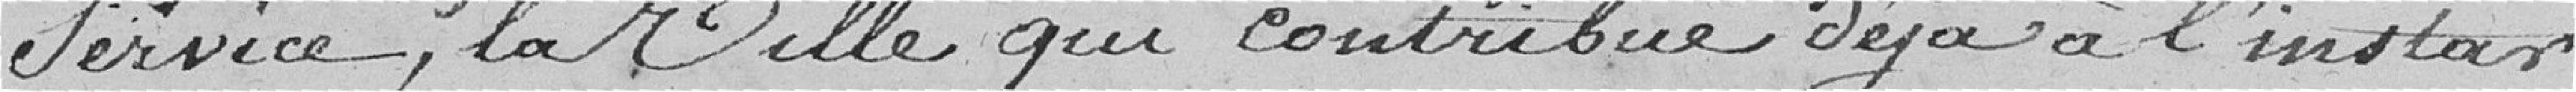
service, la ville qui contribue déjà à l'instar